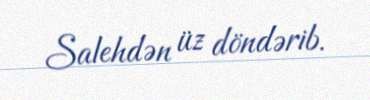
Salehdən üz döndərib.